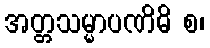
အတ္တသမ္မာပဏိဓိ စ၊